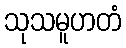
သုသမူဟတံ